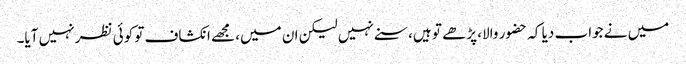
میں نے جواب دیا کہ حضور والا، پڑھے تو ہیں، سنے نہیں لیکن ان میں، مجھے انکشاف تو کوئی نظر نہیں آیا۔